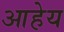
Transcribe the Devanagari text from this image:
आहेय